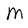
Character: M